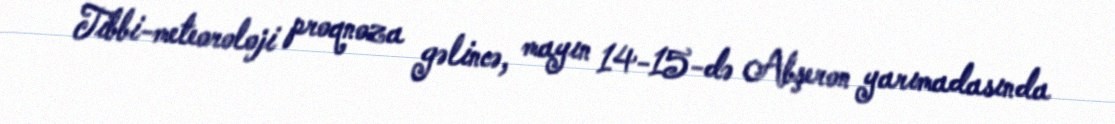
Tibbi-meteoroloji proqnoza gəlincə, mayın 14-15-də Abşeron yarımadasında